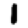
Digit: 1